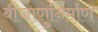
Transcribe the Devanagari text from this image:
बीजाणुनिर्माण